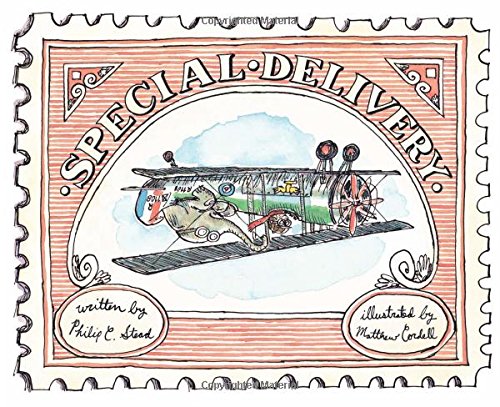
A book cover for Special Delivery; Philip C. Stead; Children's Books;